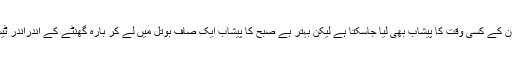
اس کے لیے دن کے کسی وقت کا پیشاب بھی لیا جاسکتا ہے لیکن بہتر ہے صبح کا پیشاب ایک صاف بوتل میں لے کر بارہ گھنٹے کے اندراندر ٹیسٹ کیا جائے۔